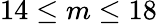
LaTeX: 14\le m\le 18